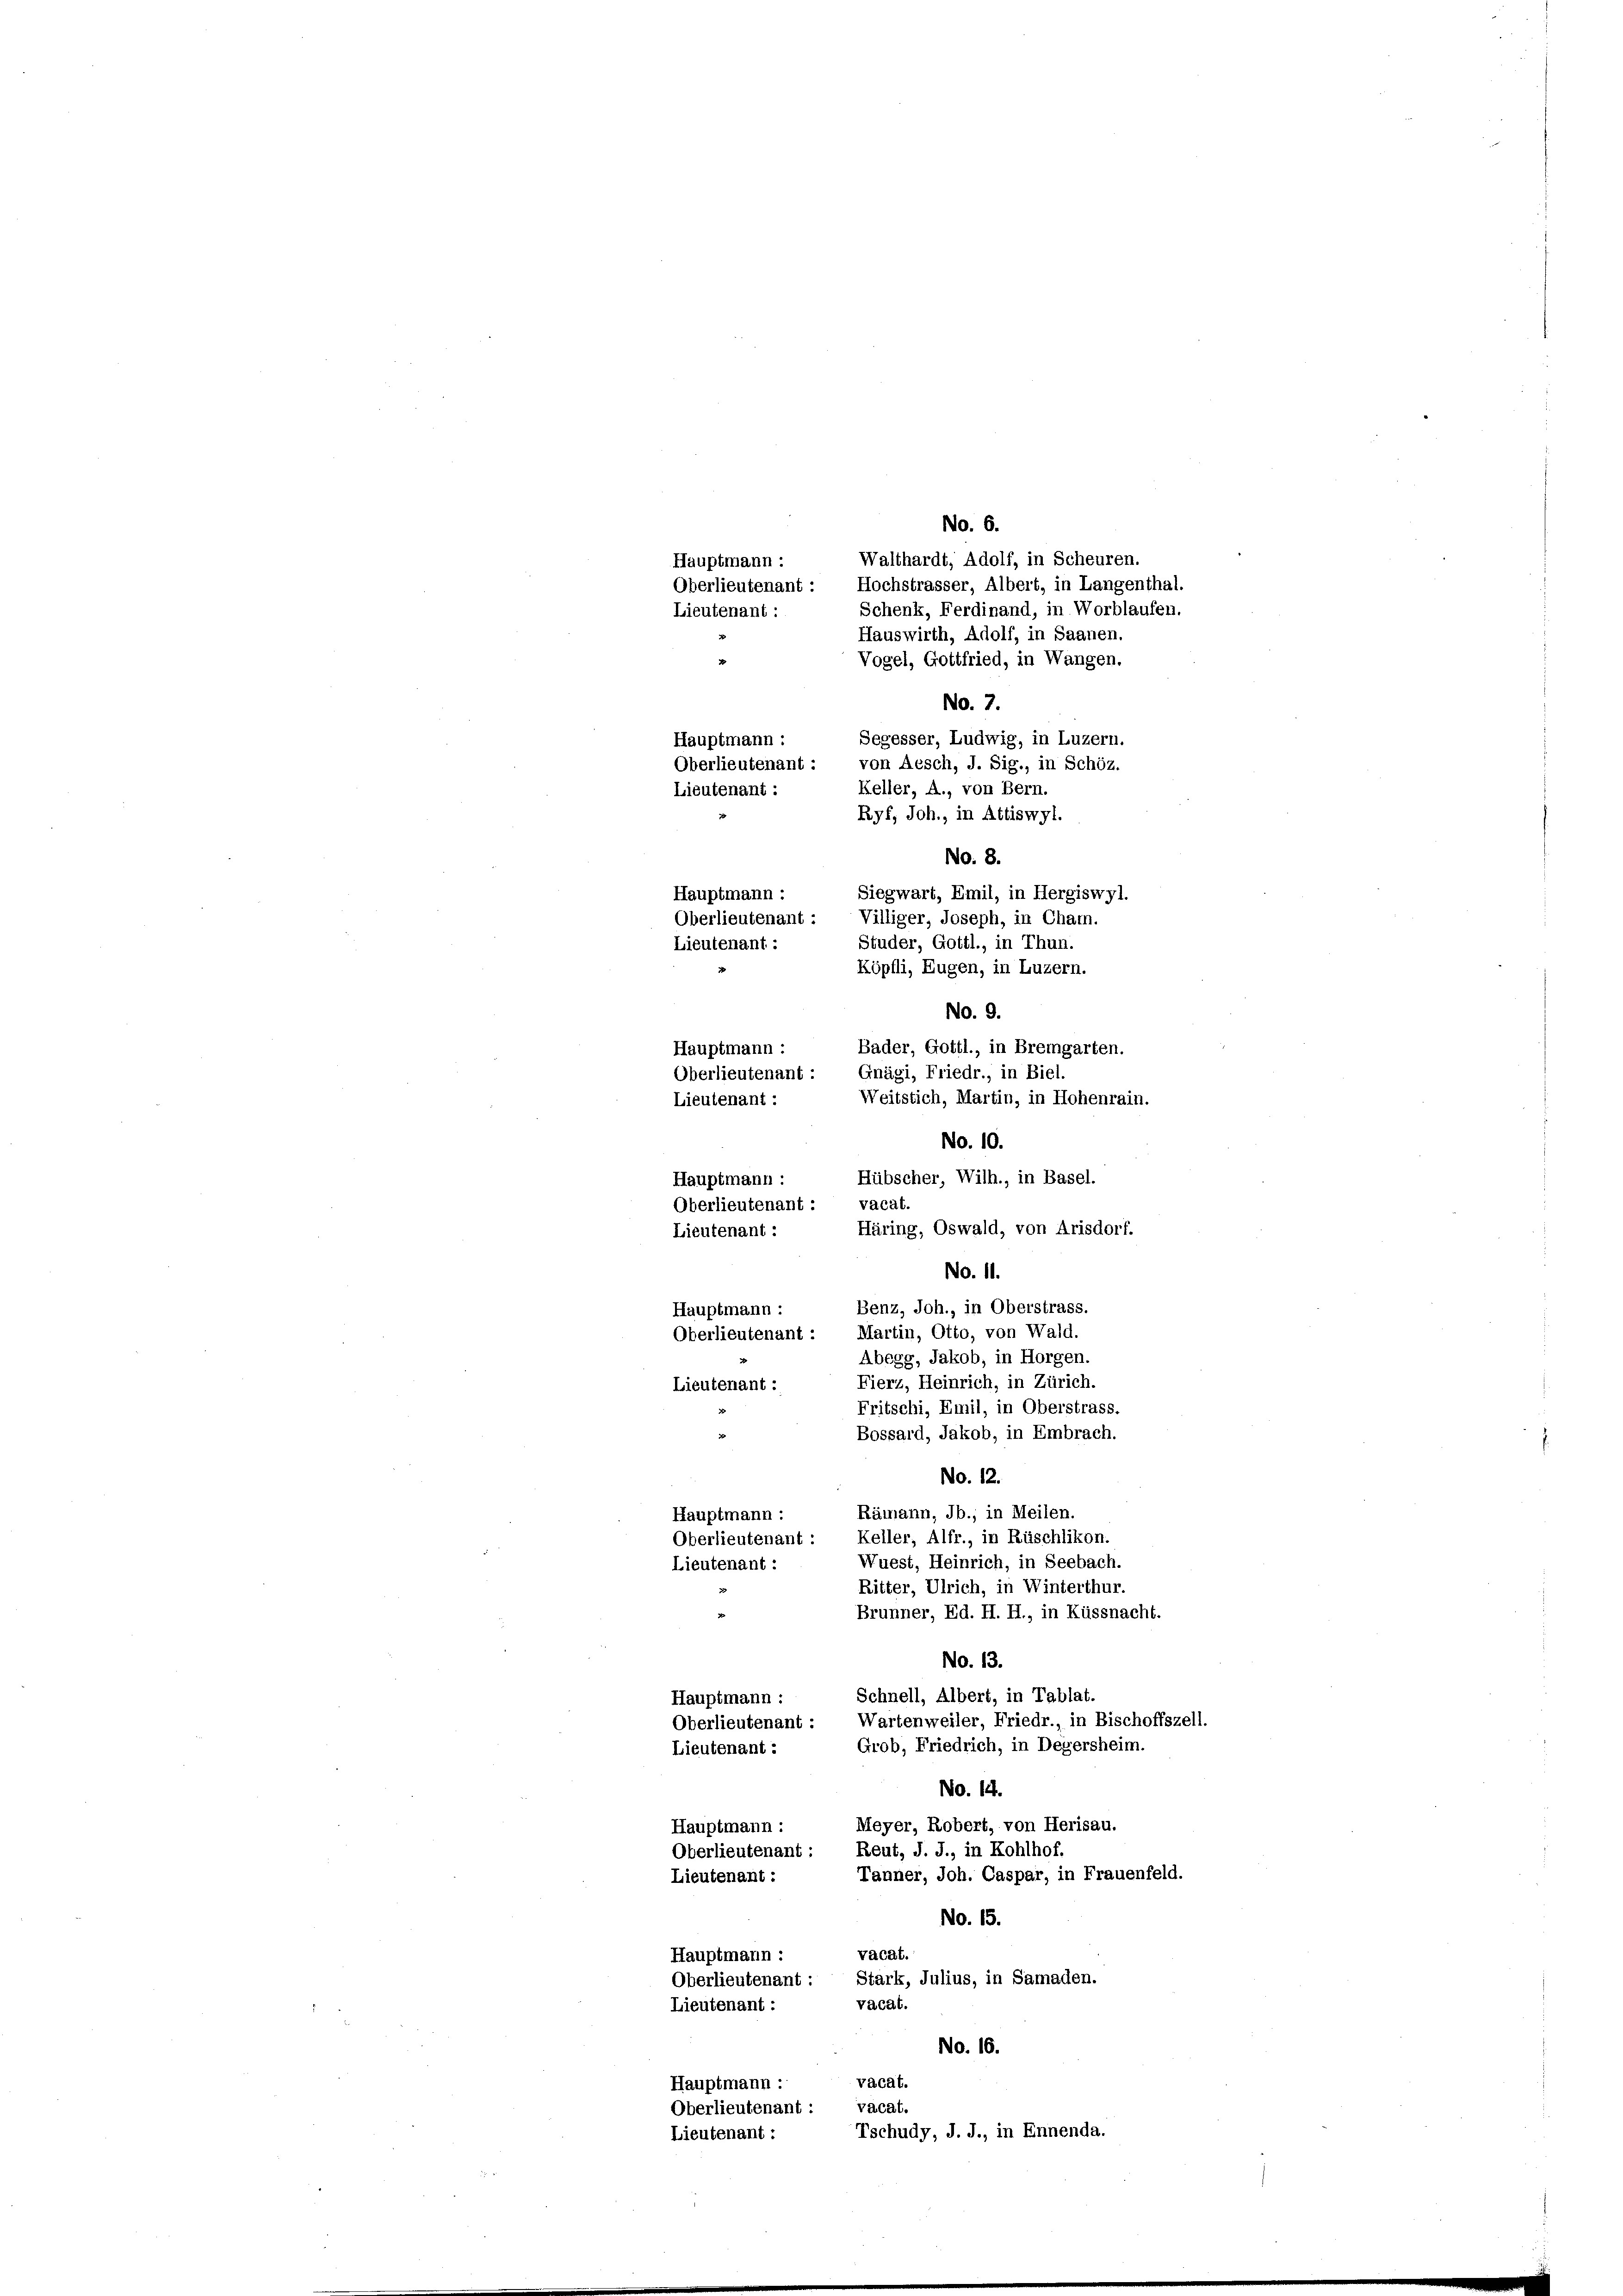
No. 6.
Walthardt, Adolf, in Scheuren.
Hauptmann:
Oberlieutenant: Hochstrasser, Albert, in Langenthal.
Schenk, Ferdinand, in Worblaufen.
Lieutenant :
Hauswirth, Adolf, in Saanen.
Vogel, Gottfried, in Wangen.
No. 7.
Segesser, Ludwig, in Luzern.
Oberlieutenant : von Aesch, J. Sig., in Schöz.
Keller, A., von Bern.
Ryf, Joh., in Attiswyl.
No. 8.
lieutenant: Villiger, Joseph, in Cham.
No. 9.
Bader, Gottl., in Bremgarten.
Oberlieutenant : Gnägi, Friedr., in Biel.
No. 10.
Hübscher, Wilh., in Basel.
Häring, Oswald, von Arisdorf.
No. 11.
Benz, Joh., in Oberstrass.
Martin, Otto, von Wald.
Abegg, Jakob, in Horgen.
Fierz, Heinrich, in Zürich.
Fritschi, Emil, in Oberstrass.
Bossard, Jakob, in Embrach.
No. 12.
Rämann, Jb., in Meilen.
Hauptmann :
Keller, Alfr., in Rüschlikon.
Oberlieutenant
Wuest, Heinrich, in Seebach.
Lieutenant :
Ritter, Ulrich, in Winterthur.
Brunner, Ed. H. H., in Küssnacht.
No. 13.
Schnell, Albert, in Tablat.
Hauptmann :
Wartenweiler, Friedr., in Bischoffszell.
Oberlieutenant :
Grob, Friedrich, in Degersheim.
Lieutenant :
No. 14.
Meyer, Robert, von Herisau.
Hauptmann:
Reut, J. J., in Kohlhof.
Oberlieutenant :
Tanner, Joh. Caspar, in Frauenfeld.
Lieutenant :
No. 15.
vacat.
Hauptmann :
Stark, Julius, in Samaden.
Oberlieutenant :
Vacat.
Lieutenant :
No. 16.
vacat.
Hauptmann :
vacat.
Oberlieutenant :
Tschudy, J. J., in Ennenda.
Lieutenant :

Hauptmann :
Lieutenant :
Hauptmann -
.
Lieutenant -
Hauptmann :
Lieutenant :

Hauptmann
Oberlieutenant : vacat.
Lieutenant:
Hauptmann :
Oberlieutenant
Lieutenant :

Weitstich, Martin, in Hohenrain.

Siegwart, Emil, in Hergiswyl.
Studer, Gottl., in Thun.
Köpfli, Eugen, in Luzern.